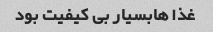
غذا هابسیار بی کیفیت بود